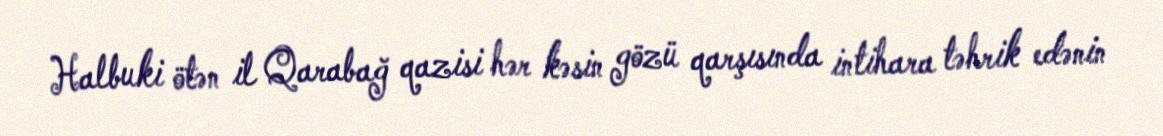
Halbuki ötən il Qarabağ qazisi hər kəsin gözü qarşısında intihara təhrik edənin